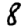
Digit: 8